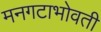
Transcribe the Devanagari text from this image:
मनगटाभोवती